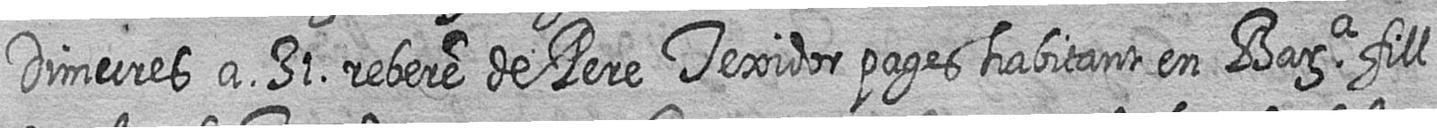
Dimecres a 31 rebere de Pere Texidor pages habitant en Bara fill